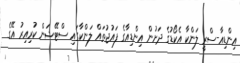
އިންޑިއާ-ސްރީ ލަންކާ އެކޯޑުގެ ދަށުން އިންޑިއާގެ ފައުޖުތައް ލަންކާގައި ސްޓޭޝަން ކުރިއިރު އޭގެ